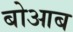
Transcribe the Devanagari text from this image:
बोआब